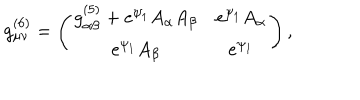
LaTeX: g _ { \mu \nu } ^ { ( 6 ) } = \left( \begin{array} { c c } { { g _ { \alpha \beta } ^ { ( 5 ) } + e ^ { \psi _ { 1 } } A _ { \alpha } A _ { \beta } } } & { { e ^ { \psi _ { 1 } } A _ { \alpha } } } \\ { { e ^ { \psi _ { 1 } } A _ { \beta } } } & { { e ^ { \psi _ { 1 } } } } \\ \end{array} \right) ,